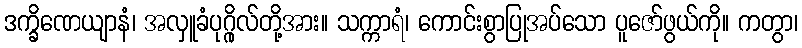
ဒက္ခိဏေယျာနံ၊ အလှူခံပုဂ္ဂိုလ်တို့အား။ သက္ကာရံ၊ ကောင်းစွာပြုအပ်သော ပူဇော်ဖွယ်ကို။ ကတွာ၊